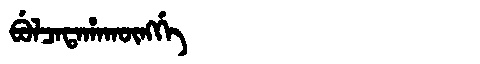
Manchu: ᠪᡠᠯᠴᠠᡨᠠᡥᠠᡴᡡᠩᡤᡝ
Romanization: BULCATAHAKŪNGGE